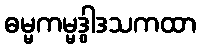
ဓမ္မကမ္မဒွါဒသကထာ